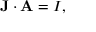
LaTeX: \mathbf { J } \cdot \mathbf { A } = I , \,